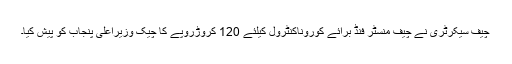
چیف سیکرٹری نے چیف منسٹر فنڈ برائے کوروناکنٹرول کیلئے 120 کروڑروپے کا چیک وزیراعلی پنجاب کو پیش کیا۔